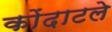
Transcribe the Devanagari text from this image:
कोंदाटले